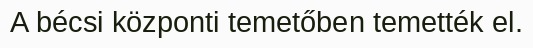
A bécsi központi temetőben temették el.